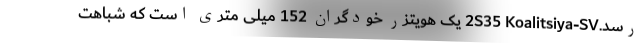
رسد.2S35 Koalitsiya-SV یک هویتزر خودگران 152 میلی متری است که شباهت